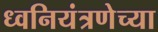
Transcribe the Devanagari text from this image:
ध्वनियंत्रणेच्या